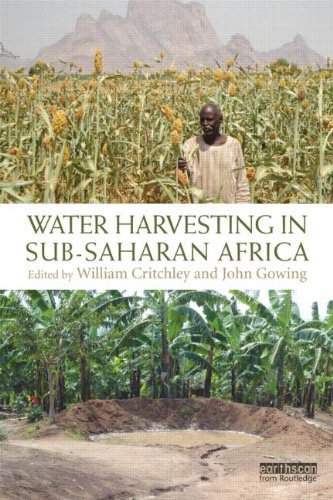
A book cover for Water Harvesting in Sub-Saharan Africa; Science & Math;